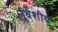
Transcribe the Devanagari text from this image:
नृवंशीय